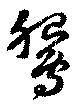
鵩